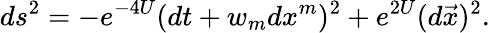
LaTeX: ds^{2}=-e^{-4U}(dt+w_{m}dx^{m})^{2}+e^{2U}(d\vec{x})^{2}.